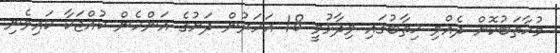
މުޚާތަބުކޮށް ދެއްވި ޚިތާބުގައި ވިދާޅުވީ 18 އަހަރުން ދަށުގެ އަންހެން ކުއްޖަކާ ކައިވެނި